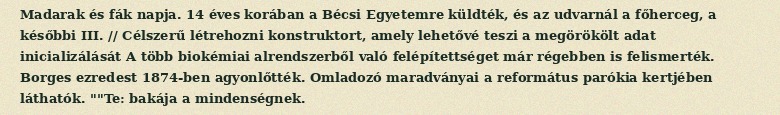
Madarak és fák napja. 14 éves korában a Bécsi Egyetemre küldték, és az udvarnál a főherceg, a későbbi III. // Célszerű létrehozni konstruktort, amely lehetővé teszi a megörökölt adat inicializálását A több biokémiai alrendszerből való felépítettséget már régebben is felismerték. Borges ezredest 1874-ben agyonlőtték. Omladozó maradványai a református parókia kertjében láthatók. ""Te: bakája a mindenségnek.